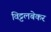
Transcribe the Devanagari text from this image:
विट्टलबेकर